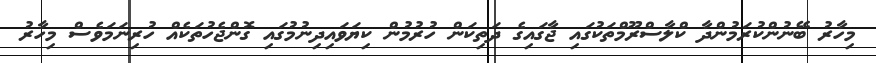
މިހާރު ބޭނުންކުރަމުންދާ ކްލާސްރޫމްތަކުގައި ޖާގައިގެ ދަތިކަން ހުރުމުން ކިޔަވައިދިނުމުގައި ގޮންޖެހުތަކެއް ހުރިނަމަވެސް މިހާރު